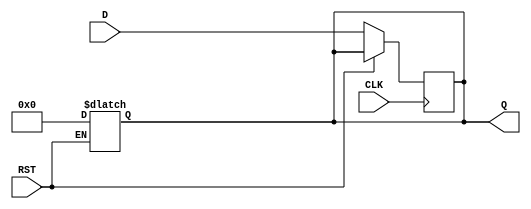
module stage_register #(
    parameter WIDTH = 8  // Parameter for data width, default is 8 bits
)(
    input wire [WIDTH-1:0] D, // Data Input
    input wire CLK,            // Clock Input
    input wire RST,            // Reset Input
    output reg [WIDTH-1:0] Q   // Data Output
);

    // Asynchronous Reset
    always @* begin
        if (RST) begin
            Q <= {WIDTH{1'b0}};  // Clear output to 0 on reset
        end
    end

    // Synchronous Data Capture on Rising Edge of Clock
    always @(posedge CLK) begin
        if (!RST) begin
            Q <= D;              // Capture data on clock edge
        end
    end

endmodule